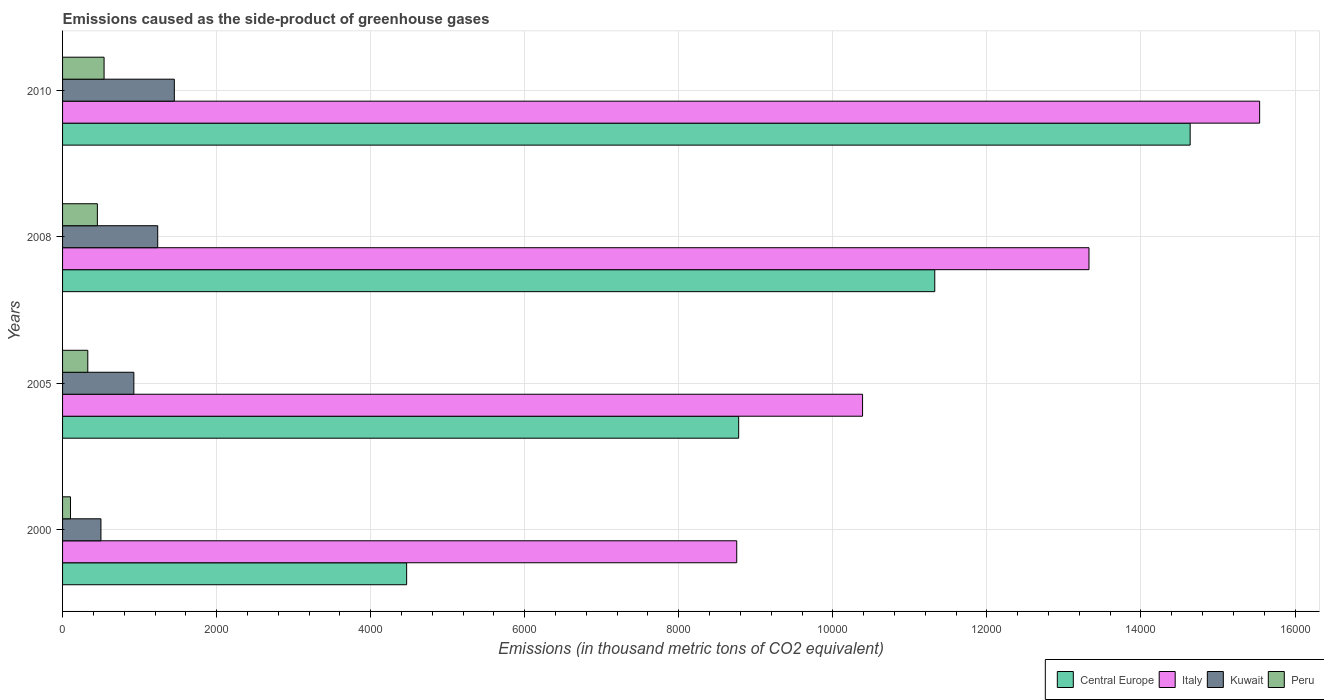
| Years | Central Europe | Italy | Kuwait | Peru |
 | --- | --- | --- | --- | --- |
 | 2000 | 4.47e+03 | 8.75e+03 | 498 | 103 |
 | 2005 | 8.78e+03 | 1.04e+04 | 926 | 328 |
 | 2008 | 1.13e+04 | 1.33e+04 | 1.24e+03 | 452 |
 | 2010 | 1.46e+04 | 1.55e+04 | 1.45e+03 | 539 |